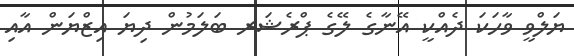
ޔަލްވީ ވާހަކަ ދެއްކީ އޭނާގެ ލޭގެ ޕްރެޝަރ ބަލަމުން ދިޔަ އިޒްޔަން އާއި